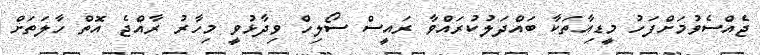
ޖެއްސެވުމަށްފަހު މީޑިއާތަކާ ބައްދަލުކުރައްވާ ރައީސް ސޯލިހް ވިދާޅުވީ މިހާރު ރާއްޖެ އޮތް ހާލަތަށް